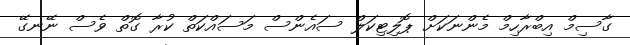
ގާސިމް އިބްރާހިމް މެންނަކަށް ޕޮލިޓިކަލް ސައެންސް މަސައްކަތް ކުރާ ގޮތް ވެސް ނޭނގޭ